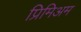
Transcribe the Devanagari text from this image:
प्रिमिअम